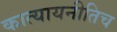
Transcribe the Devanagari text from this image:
कात्यायनीतिच